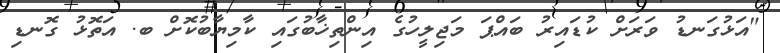
"އަޅުގަނޑު ވަރަށް ކުޑައިރު ބައްޕަ މަޖިލީހުގެ އިންތިޚާބުގައި ކާމިޔާބުކޮށް ބ. އަތޮޅު ގޮނޑި